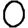
Digit: 0